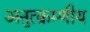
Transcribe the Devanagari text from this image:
अनुत्क्रम्णीय